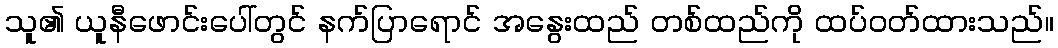
သူ၏ ယူနီဖောင်းပေါ်တွင် နက်ပြာရောင် အနွေးထည် တစ်ထည်ကို ထပ်ဝတ်ထားသည်။